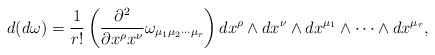
\begin{align*}d(d \omega) = \frac{1}{r!} \left( \frac{\partial^2}{\partial x^{\rho}x^{\nu}}\omega_{\mu_{1} \mu_{2}\cdots \mu_{r}}\right)dx^{\rho}\wedge dx^{\nu}\wedge dx^{\mu_{1}}\wedge \cdots \wedge dx^{\mu_{r}},\end{align*}